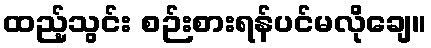
ထည့်သွင်း စဉ်းစားရန်ပင်မလိုချေ။